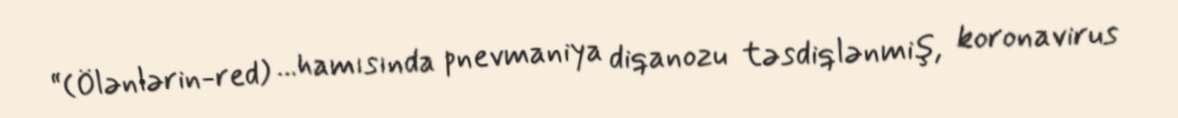
“(Ölənlərin-red) ...hamısında pnevmaniya diqanozu təsdiqlənmiş, koronavirus